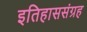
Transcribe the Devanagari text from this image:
इतिहाससंग्रह